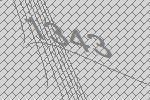
1343